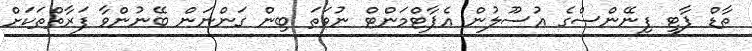
ތާޑް ޕާޓީ ފިނޭންސްގެ އުސޫލުން އެޕާޓްމަންޓް ނުވަތަ ބިން ގަންނަން ބޭނުންވާ ފަރާތްތަކަށް